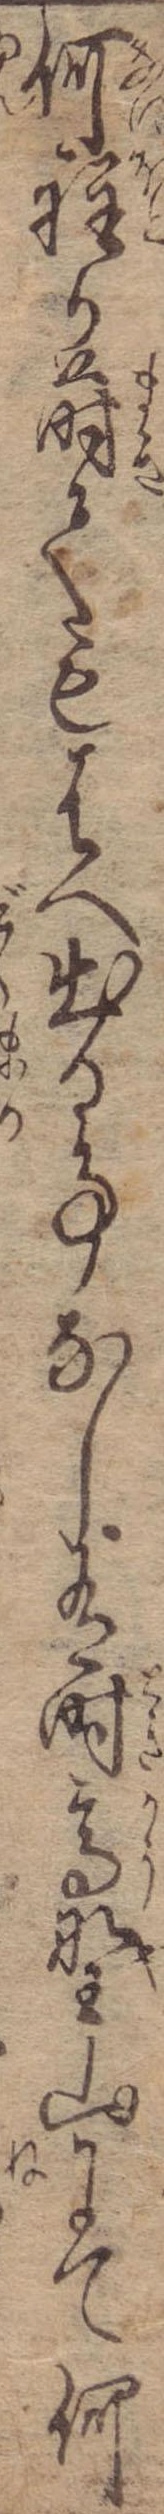
何程か蒔てもはへ出る事なし有時高野山にて何